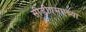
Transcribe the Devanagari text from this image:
सीडीएमएच्या